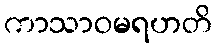
ကာသာဝမရဟတိ